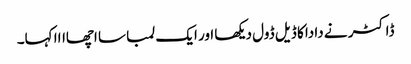
ڈاکٹر نے دادا کا ڈیل ڈول دیکھا اور ایک لمبا سا اچھاااا کہا۔